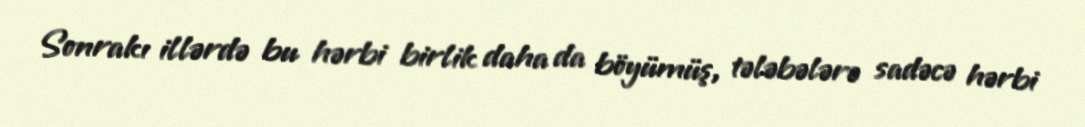
Sonrakı illərdə bu hərbi birlik daha da böyümüş, tələbələrə sadəcə hərbi